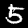
Label: 5